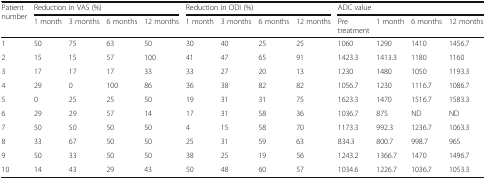
<table><thead><tr><td rowspan="2"><b>Patient number</b></td><td colspan="4"><b>Reduction in VAS (%)</b></td><td colspan="4"><b>Reduction in ODI (%)</b></td><td colspan="4"><b>ADC value</b></td></tr><tr><td><b>1 month</b></td><td><b>3 months</b></td><td><b>6 months</b></td><td><b>12 months</b></td><td><b>1 month</b></td><td><b>3 months</b></td><td><b>6 months</b></td><td><b>12 months</b></td><td><b>Pre treatment</b></td><td><b>1 month</b></td><td><b>6 months</b></td><td><b>12 months</b></td></tr></thead><tbody><tr><td>1</td><td>50</td><td>75</td><td>63</td><td>50</td><td>30</td><td>40</td><td>25</td><td>25</td><td>1060</td><td>1290</td><td>1410</td><td>1456.7</td></tr><tr><td>2</td><td>15</td><td>15</td><td>57</td><td>100</td><td>41</td><td>47</td><td>65</td><td>91</td><td>1423.3</td><td>1413.3</td><td>1180</td><td>1160</td></tr><tr><td>3</td><td>17</td><td>17</td><td>17</td><td>33</td><td>33</td><td>27</td><td>20</td><td>13</td><td>1230</td><td>1480</td><td>1050</td><td>1193.3</td></tr><tr><td>4</td><td>29</td><td>0</td><td>100</td><td>86</td><td>36</td><td>38</td><td>82</td><td>82</td><td>1056.7</td><td>1230</td><td>1116.7</td><td>1086.7</td></tr><tr><td>5</td><td>0</td><td>25</td><td>25</td><td>50</td><td>19</td><td>31</td><td>31</td><td>75</td><td>1623.3</td><td>1470</td><td>1516.7</td><td>1583.3</td></tr><tr><td>6</td><td>29</td><td>29</td><td>57</td><td>14</td><td>17</td><td>31</td><td>58</td><td>36</td><td>1036.7</td><td>875</td><td>ND</td><td>ND</td></tr><tr><td>7</td><td>50</td><td>50</td><td>50</td><td>50</td><td>4</td><td>15</td><td>58</td><td>70</td><td>1173.3</td><td>992.3</td><td>1236.7</td><td>1063.3</td></tr><tr><td>8</td><td>33</td><td>67</td><td>50</td><td>50</td><td>25</td><td>31</td><td>59</td><td>63</td><td>834.3</td><td>800.7</td><td>998.7</td><td>965</td></tr><tr><td>9</td><td>50</td><td>33</td><td>50</td><td>50</td><td>38</td><td>25</td><td>19</td><td>56</td><td>1243.2</td><td>1366.7</td><td>1470</td><td>1496.7</td></tr><tr><td>10</td><td>14</td><td>43</td><td>29</td><td>43</td><td>50</td><td>48</td><td>60</td><td>57</td><td>1034.6</td><td>1226.7</td><td>1036.7</td><td>1053.3</td></tr></tbody></table>